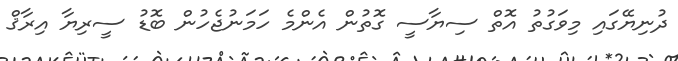
ދުނިޔޭގައި މިވަގުތު އޮތް ސިޔާސީ ގޮތުން އެންމެ ހަމަނުޖެހުން ބޮޑު ސީރިޔާ އިރާޤް